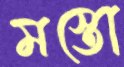
মস্তো